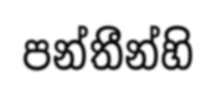
පන්තීන්හි